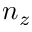
n _ { z }